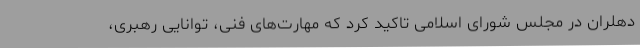
دهلران در مجلس شورای اسلامی تاکید کرد که مهارت‌های فنی، توانایی رهبری،